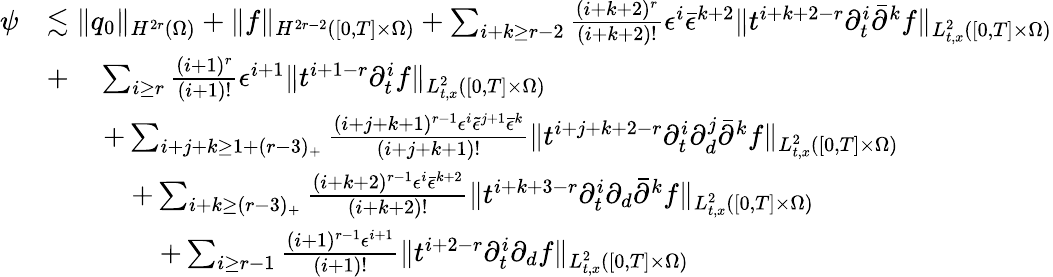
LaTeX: \begin{array}{rl}{\psi}&{\lesssim\| q_{0}\| _{H^{2r}(\Omega)}+\| f\| _{H^{2r-2}([0,T]\times\Omega)}+\sum_{i+k\ge r-2}\frac{(i+k+2)^{r}}{(i+k+2)!}\epsilon^{i}\bar{\epsilon}^{k+2}\| t^{i+k+2-r}\partial_{t}^{i}\bar{\partial}^{k}f\| _{L_{t,x}^{2}([0,T]\times\Omega)}}\\ &{+\quad\sum_{i\ge r}\frac{(i+1)^{r}}{(i+1)!}\epsilon^{i+1}\| t^{i+1-r}\partial_{t}^{i}f\| _{L_{t,x}^{2}([0,T]\times\Omega)}}\\ &{\quad\quad+\sum_{i+j+k\ge 1+(r-3)_{+}}\frac{(i+j+k+1)^{r-1}\epsilon^{i}\tilde{\epsilon}^{j+1}\bar{\epsilon}^{k}}{(i+j+k+1)!}\| t^{i+j+k+2-r}\partial_{t}^{i}\partial_{d}^{j}\bar{\partial}^{k}f\| _{L_{t,x}^{2}([0,T]\times\Omega)}}\\ &{\quad\quad\quad+\sum_{i+k\ge(r-3)_{+}}\frac{(i+k+2)^{r-1}\epsilon^{i}\bar{\epsilon}^{k+2}}{(i+k+2)!}\| t^{i+k+3-r}\partial_{t}^{i}\partial_{d}\bar{\partial}^{k}f\| _{L_{t,x}^{2}([0,T]\times\Omega)}}\\ &{\quad\quad\quad\quad+\sum_{i\ge r-1}\frac{(i+1)^{r-1}\epsilon^{i+1}}{(i+1)!}\| t^{i+2-r}\partial_{t}^{i}\partial_{d}f\| _{L_{t,x}^{2}([0,T]\times\Omega)}}\end{array}